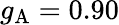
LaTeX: g_{\mathrm{A}}=0.90